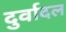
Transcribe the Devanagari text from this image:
दुर्वादल